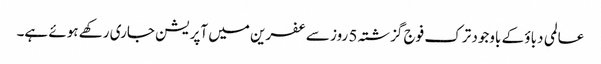
عالمی دباؤ کے باوجود ترک فوج گزشتہ 5 روز سے عفرین میں آپریشن جاری رکھے ہوئے ہے۔